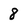
Character: 8